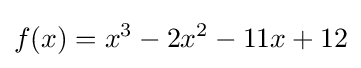
f(x)=x^{3}-2x^{2}-11x+12